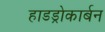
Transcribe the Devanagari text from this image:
हाडड्रोकार्बन